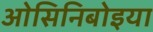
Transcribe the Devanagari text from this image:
ओसिनिबोइया